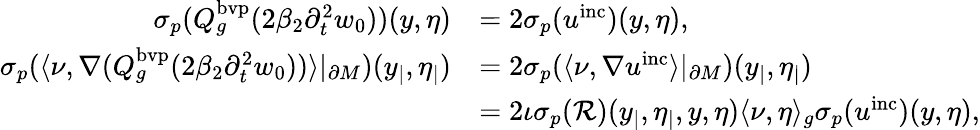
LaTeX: \begin{array}{rl}{{\sigma_{p}}(Q_{g}^{\mathrm{bvp}}(2\beta_{2}\partial_{t}^{2}w_{0}))(y,\eta)}&{=2{\sigma_{p}}(u^{\mathrm{inc}})(y,\eta),}\\ {{\sigma_{p}}(\langle\nu,\nabla(Q_{g}^{\mathrm{bvp}}(2\beta_{2}\partial_{t}^{2}w_{0}))\rangle|_{\partial M})(y_{|},\eta_{|})}&{=2{\sigma_{p}}(\langle\nu,\nabla u^{\mathrm{inc}}\rangle|_{\partial M})(y_{|},\eta_{|})}\\ &{=2\iota{\sigma_{p}}(\mathcal{R})(y_{|},\eta_{|},y,\eta)\langle\nu,\eta\rangle_{g}{\sigma_{p}}(u^{\mathrm{inc}})(y,\eta),}\end{array}